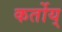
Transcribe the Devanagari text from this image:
कर्तोय्